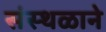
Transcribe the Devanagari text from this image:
संस्थळाने